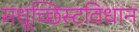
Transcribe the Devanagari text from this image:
मधूच्छिस्टविधान